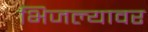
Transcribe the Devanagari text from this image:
भिजल्यावर